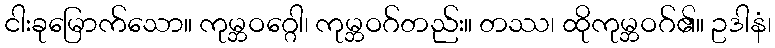
ငါးခုမြောက်သော။ ကုမ္ဘဝဂ္ဂေါ၊ ကုမ္ဘဝဂ်တည်း။ တဿ၊ ထိုကုမ္ဘဝဂ်၏။ ဥဒါနံ၊